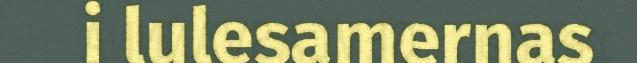
i lulesamernas